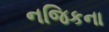
નજિકના